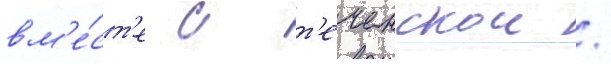
вм'е́ст'е с т'еченскои /